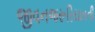
જીવનજરૂરિયાતની